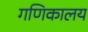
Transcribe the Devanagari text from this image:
गणिकालय